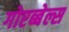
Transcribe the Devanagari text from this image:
गोएब्बेल्स